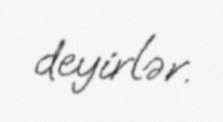
deyirlər.